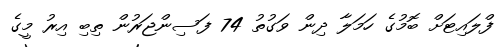
ފްލައިޓަށް ބޮމުގެ ހަމަލާ ދިން ވަގުތު 74 ފަސިންޖަރުން ތިބި އިރު މީގެ